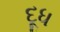
દૂધ